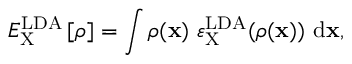
E _ { \mathrm { X } } ^ { \mathrm { L D A } } \left[ \rho \right] = \int { \rho ( { \bf x } ) \ \varepsilon _ { \mathrm { X } } ^ { \mathrm { L D A } } ( \rho ( { \bf x } ) ) \ \mathrm { d } { \bf x } } ,